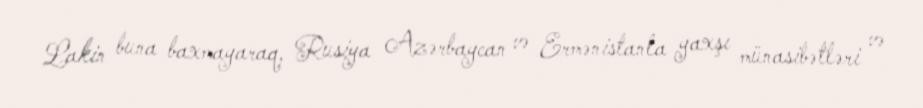
Lakin buna baxmayaraq, Rusiya Azərbaycan və Ermənistanla yaxşı münasibətləri və